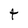
Character: t